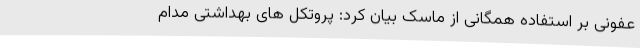
عفونی بر استفاده همگانی از ماسک بیان کرد: پروتکل های بهداشتی مدام